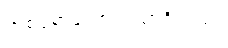
တစ်ငုံစာလောက်သာရှိတယ်။